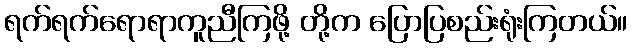
ရက်ရက်ရောရာကူညီကြဖို့ တို့က ပြောပြစည်းရုံးကြတယ်။